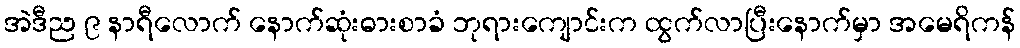
အဲဒီည ၉ နာရီလောက် နောက်ဆုံးဓားစာခံ ဘုရားကျောင်းက ထွက်လာပြီးနောက်မှာ အမေရိကန်